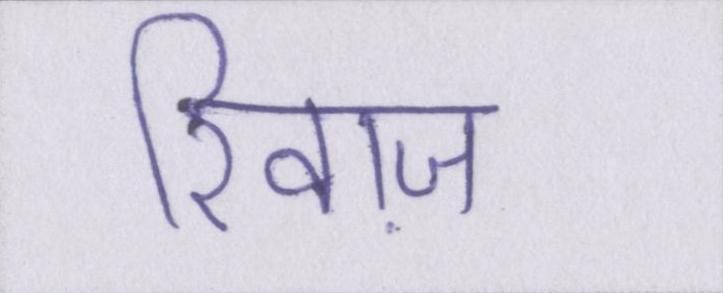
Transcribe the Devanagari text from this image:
रिवाज़